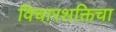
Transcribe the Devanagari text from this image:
विचारशक्तिचा